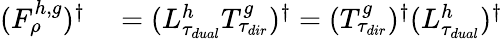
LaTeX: \begin{array}{rl}{(F_{\rho}^{h,g})^{\dagger}}&{{}=(L_{\tau_{dual}}^{h}T_{\tau_{dir}}^{g})^{\dagger}=(T_{\tau_{dir}}^{g})^{\dagger}(L_{\tau_{dual}}^{h})^{\dagger}}\end{array}